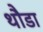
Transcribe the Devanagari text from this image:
थौडा